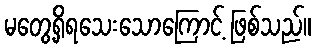
မတွေ့ရှိရသေးသောကြောင့် ဖြစ်သည်။